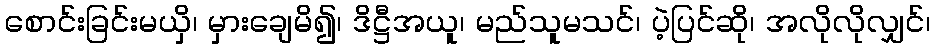
စောင်းခြင်းမယှိ၊ မှားချေမိ၍၊ ဒိဋ္ဌီအယူ၊ မည်သူမသင်၊ ပဲ့ပြင်ဆို၊ အလိုလိုလျှင်၊